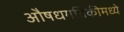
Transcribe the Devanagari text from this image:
औषधगतिकीमध्ये